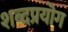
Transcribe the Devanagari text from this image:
शब्दप्रयॊग